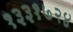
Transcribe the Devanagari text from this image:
१३३१७२४